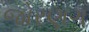
જોરણગ